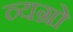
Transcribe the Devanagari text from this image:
व्यग्रो